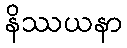
နိဿယနာ